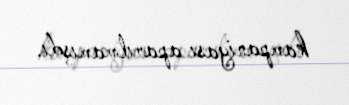
kampaniyası aparılmamışdı.